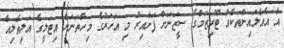
އާ އެއާލައިންތަކެއް ޓޫރިޒަމްގެ ސީޒަނަށް ފަށާއިރު މި އަހަރުގެ މިހާތަނަށް އިޓަަލީގެ އަލިތާލިއާ